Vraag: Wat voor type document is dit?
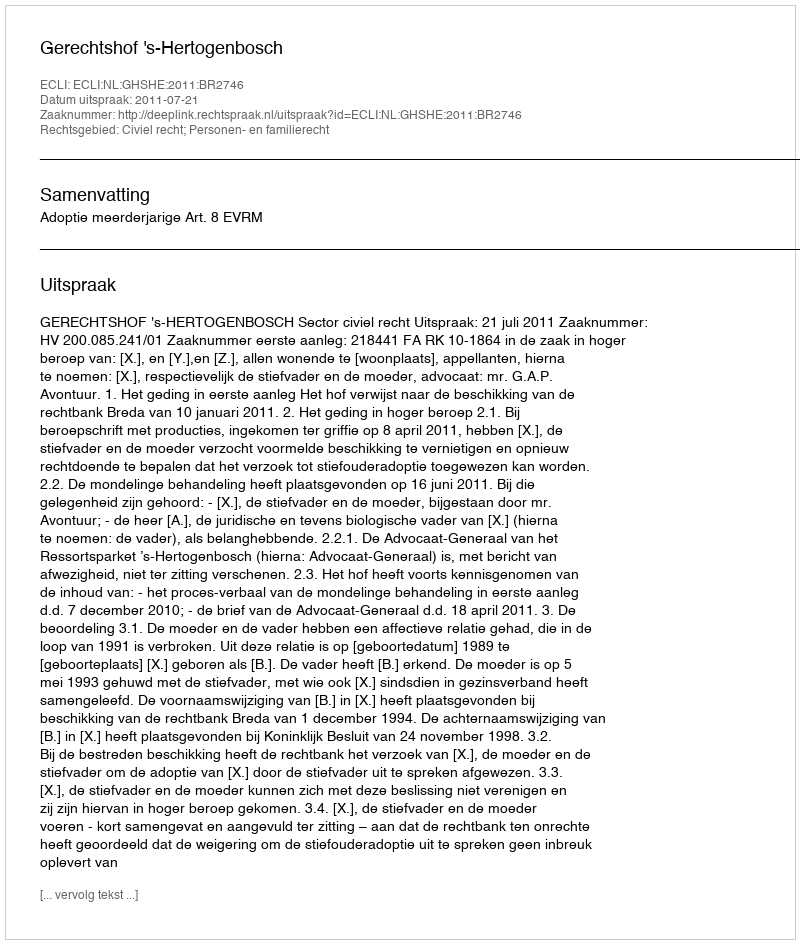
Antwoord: Uitspraak